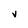
Character: v